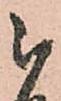
被